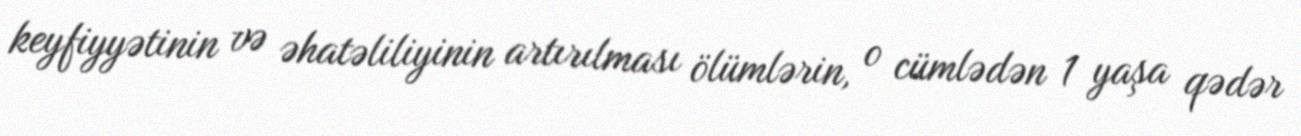
keyfiyyətinin və əhatəliliyinin artırılması ölümlərin, o cümlədən 1 yaşa qədər